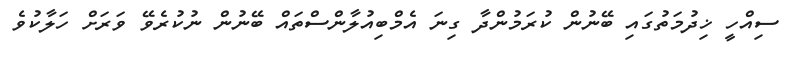
ސިއްހީ ޚިދުމަތުގައި ބޭނުން ކުރަމުންދާ ގިނަ އެމްބިއުލާންސްތައް ބޭނުން ނުކުރެވޭ ވަރަށް ހަލާކުވެ